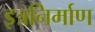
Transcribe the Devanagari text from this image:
इत्रनिर्माण